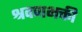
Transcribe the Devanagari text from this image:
श्रवणभक्ती